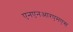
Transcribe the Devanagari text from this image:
एनएनआरएमएस